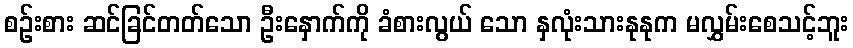
စဉ်းစား ဆင်ခြင်တတ်သော ဦးနှောက်ကို ခံစားလွယ် သော နှလုံးသားနုနုက မလွှမ်းစေသင့်ဘူး